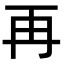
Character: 再